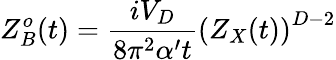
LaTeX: Z_{B}^{o}(t)={\frac{iV_{D}}{8\pi^{2}\alpha^{\prime}t}}\left(Z_{X}(t)\right)^{D-2}